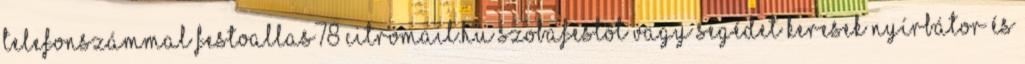
telefonszámmal festoallas78 citromail.hu Szobafestőt vagy segédet keresek Nyírbátor és